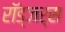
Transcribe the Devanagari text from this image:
रॉड्जर्स